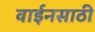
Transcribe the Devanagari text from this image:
वाईनसाठी